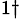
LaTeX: ^{1\dagger}